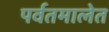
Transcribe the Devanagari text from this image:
पर्वतमालेत